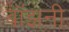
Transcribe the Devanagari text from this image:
बाँझनी